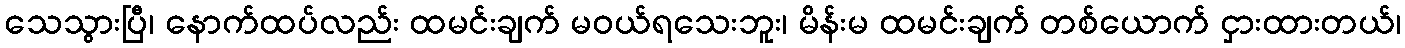
သေသွားပြီ၊ နောက်ထပ်လည်း ထမင်းချက် မဝယ်ရသေးဘူး၊ မိန်းမ ထမင်းချက် တစ်ယောက် ငှားထားတယ်၊